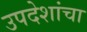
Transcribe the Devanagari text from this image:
उपदेशांचा